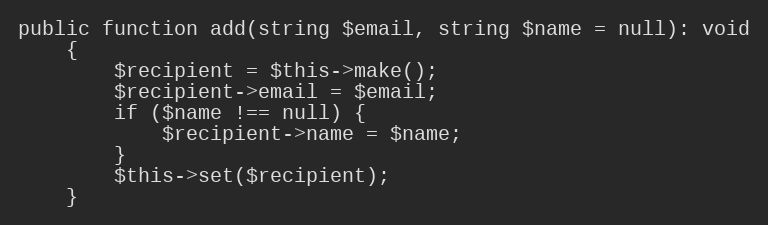
Language: PHP
public function add(string $email, string $name = null): void
    {
        $recipient = $this->make();
        $recipient->email = $email;
        if ($name !== null) {
            $recipient->name = $name;
        }
        $this->set($recipient);
    }